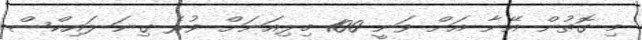
މި ގޮތުން އޭނާ އަށް ވަނީ 100 މިލިއަނަށް ވުރެ ގިނަ ލައިކްސް